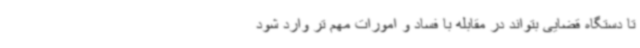
تا دستگاه قضایی بتواند در مقابله با فساد و امورات مهم تر وارد شود